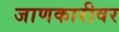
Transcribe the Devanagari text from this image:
जाणकारीवर